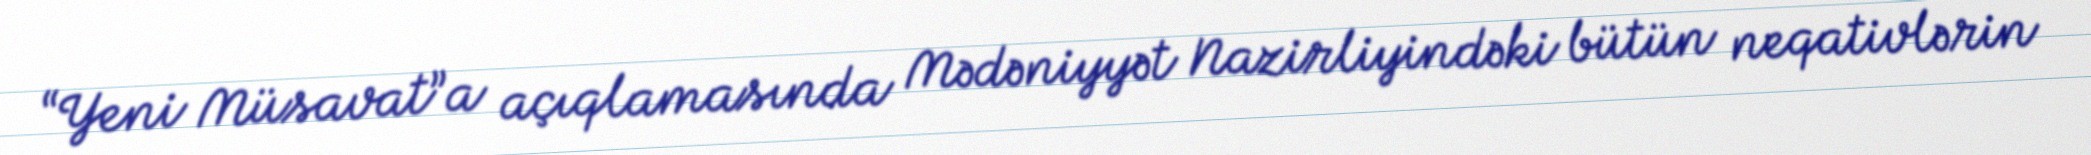
“Yeni Müsavat”a açıqlamasında Mədəniyyət Nazirliyindəki bütün neqativlərin